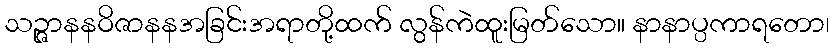
သဉ္ဇာနနဝိဇာနနအခြင်းအရာတို့ထက် လွန်ကဲထူးမြတ်သော။ နာနာပ္ပကာရတော၊